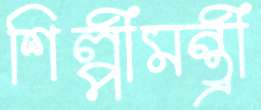
শিল্পীমন্ত্রী